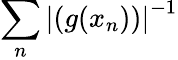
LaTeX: \sum_{n}\left|\left(g(x_{n})\right)\right|^{-1}